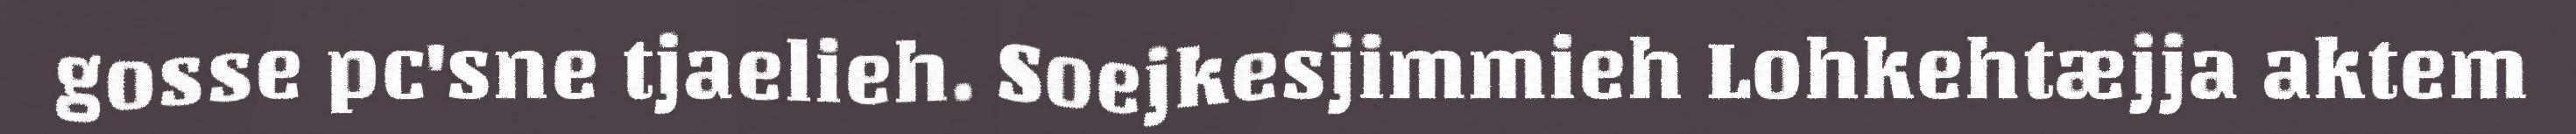
gosse pc'sne tjaelieh. Soejkesjimmieh Lohkehtæjja aktem